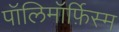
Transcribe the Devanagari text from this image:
पॉलिमॉर्फ़िस्म